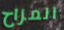
المزاح